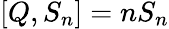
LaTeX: [Q,S_{n}]=nS_{n}